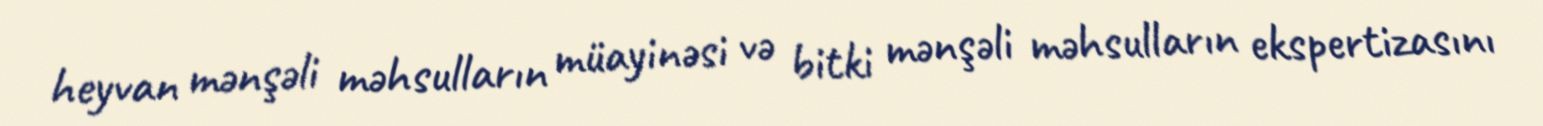
heyvan mənşəli məhsulların müayinəsi və bitki mənşəli məhsulların ekspertizasını